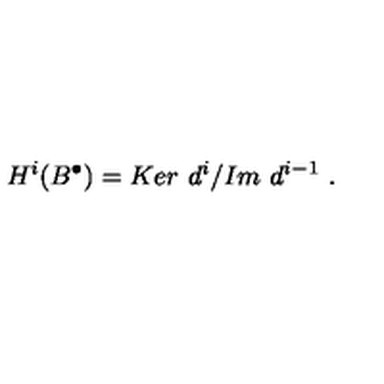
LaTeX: H ^ { i } ( B ^ { \bullet } ) = { K e r \ d ^ { i } } / { I m \ d ^ { i - 1 } } \ .